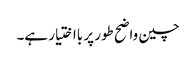
چین واضح طور پر بااختیار ہے۔